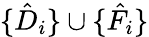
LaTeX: \{ \hat{D}_{i}\} \cup\{ \hat{F}_{i}\}